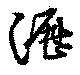
瀝